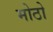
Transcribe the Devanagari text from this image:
मोठो